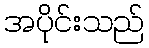
အပိုင်းသည်